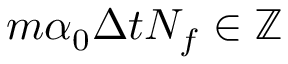
m \alpha _ { 0 } \Delta t N _ { f } \in \mathbb { Z }